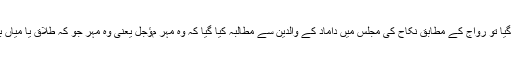
”جس وقت ہماری بہن کا ان لوگوں کے والد سے نکاح کر دیا گیا تو رواج کے مطابق نکاح کی مجلس میں داماد کے والدین سے مطالبہ کیا گیا کہ وہ مہرِ مﺅجل یعنی وہ مہر جو کہ طلاق یا میاں بیوی میں سے کسی کی موت پر دیا جاتا ہے ، متعین کر دیں ۔